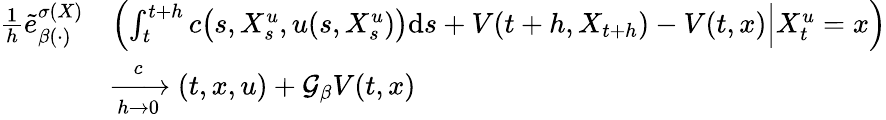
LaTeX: \begin{array}{rl}{\frac{1}{h}\tilde{e}_{\beta(\cdot)}^{\sigma(X)}}&{\left(\left.\int_{t}^{t+h}c\bigl(s,X_{s}^{u},u(s,X_{s}^{u})\bigr)\mathrm{d}s+V(t+h,X_{t+h})-V(t,x)\right|X_{t}^{u}=x\right)}\\ &{\xrightarrow[h\to 0]c(t,x,u)+\mathcal{G}_{\beta}V(t,x)}\end{array}